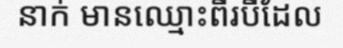
នាក់ មានឈ្មោះពីរបីដែល